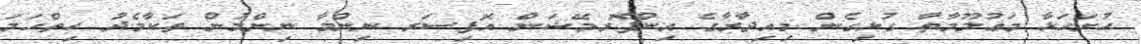
ހުށަހަޅާ މަޢުލޫމާތާ ގުޅިގެން މިއިދާރާގެ އިންފޮރމޭޝަން އޮފިސަރ ނިންމާ ނިންމުން ތަކާމެދު ހިތްހަމަ